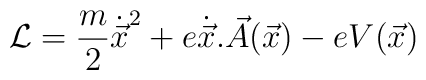
{\cal {L}} = \frac{m}{2}{\dot{\vec{x}}}^2 + e\dot{\vec{x}}.\vec{A}(\vec{x})-eV(\vec{x})